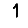
Digit: 1